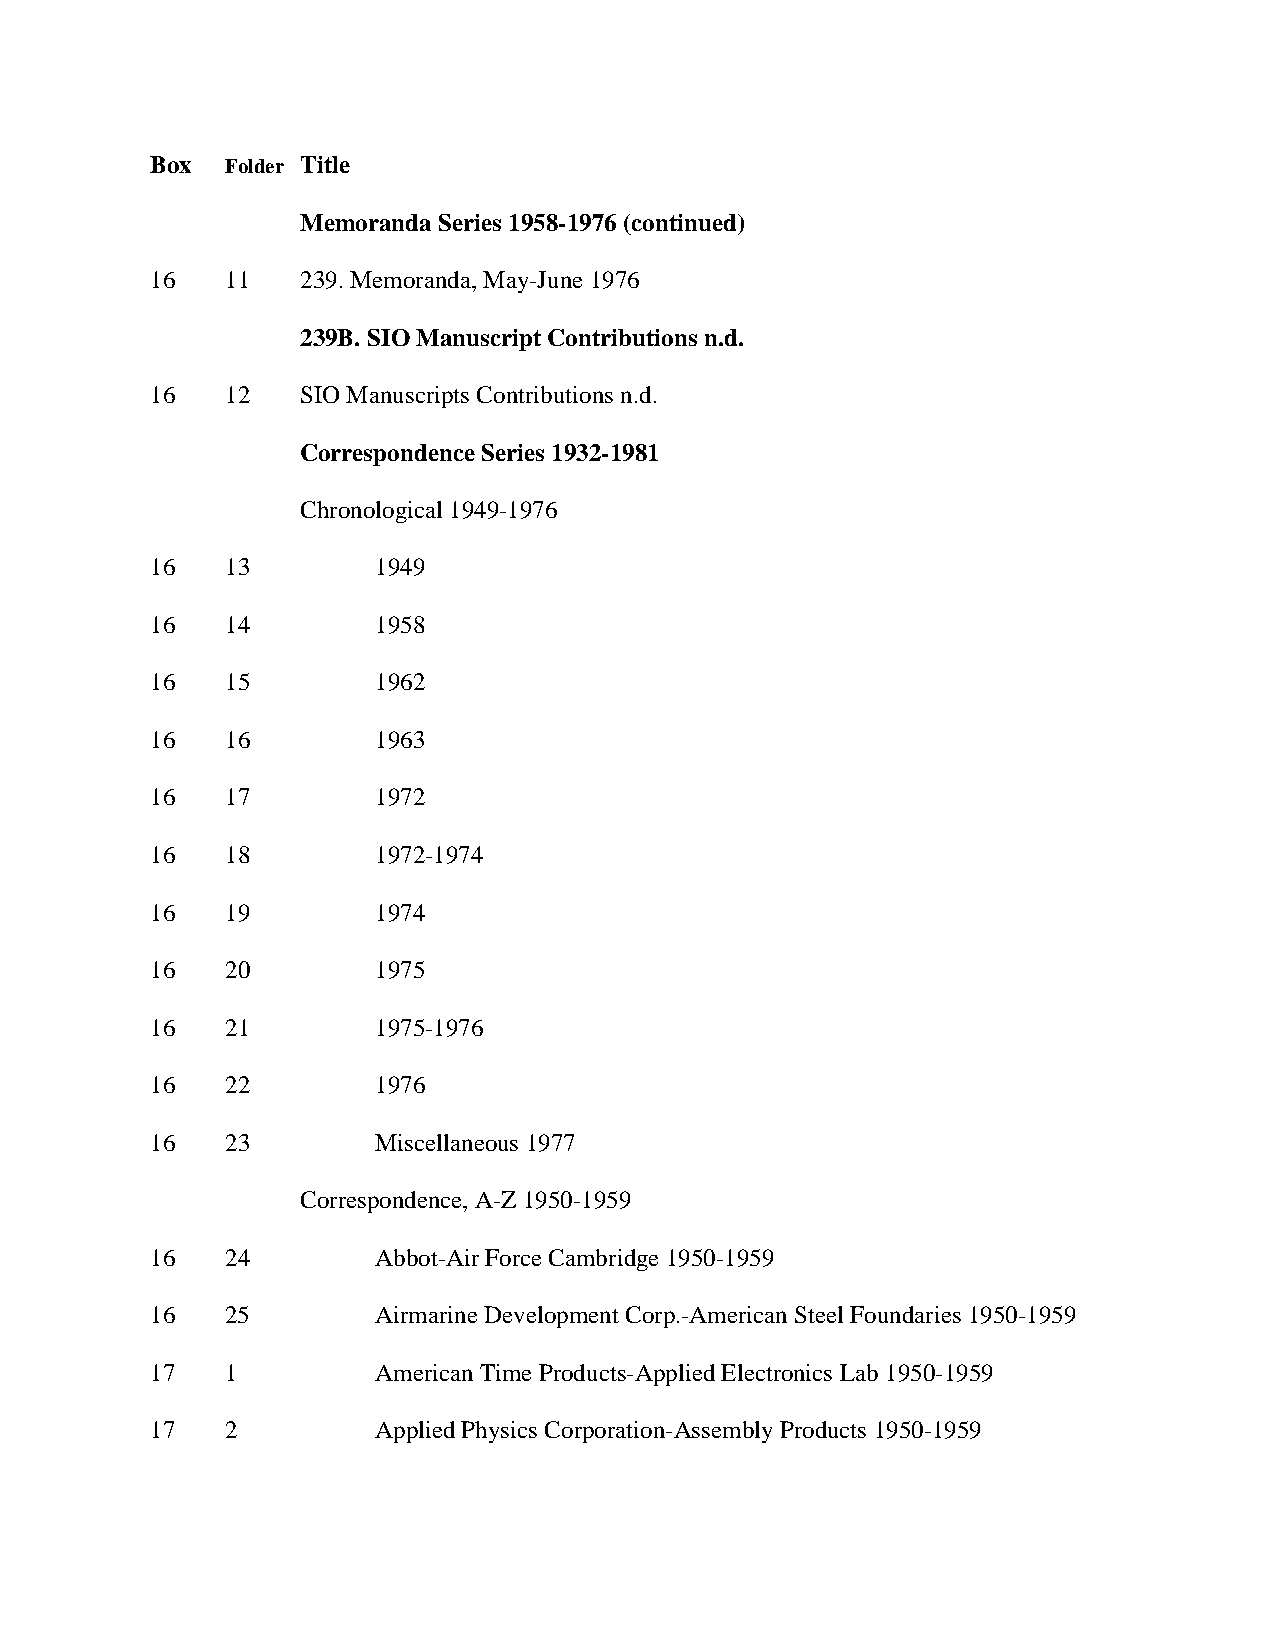
Box  Folder Title
 Memoranda Series 1958-1976 (continued)
 16   11   239. Memoranda, May-June 1976
 239B. SIO Manuscript Contributions n.d.
 16   12   SIO Manuscripts Contributions n.d.
 Correspondence Series 1932-1981
 Chronological 1949-1976
 16   13        1949
 16   14        1958
 16   15        1962
 16   16        1963
 16   17        1972
 16   18        1972-1974
 16   19        1974
 16   20        1975
 16   21        1975-1976
 16   22        1976
 16   23        Miscellaneous 1977
 Correspondence, A-Z 1950-1959
 16   24        Abbot-Air Force Cambridge 1950-1959
 16   25        Airmarine Development Corp.-American Steel Foundaries 1950-1959
 17   1         American Time Products-Applied Electronics Lab 1950-1959
 17   2         Applied Physics Corporation-Assembly Products 1950-1959